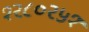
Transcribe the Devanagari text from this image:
१२८०२५१